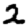
Digit: 2